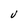
Character: V